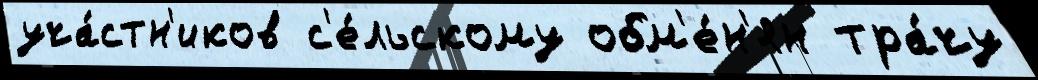
уча́стн'иков с'е́льскому обм'е́н'ян тра́чу